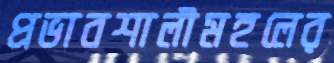
প্রভাবশালীমহলের